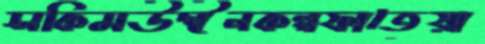
সকিমউদ্দীনকল্পফাতেয়া